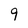
Character: 9